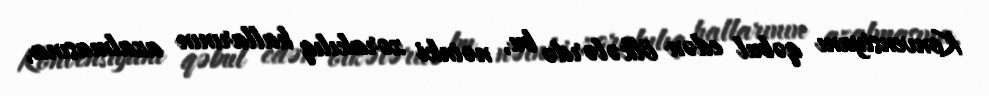
Konvensiyanı qəbul edən ölkələrdə bu, nəinki zorakılıq hallarının azalmasına,